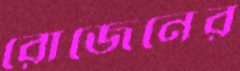
রোজেনের